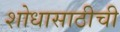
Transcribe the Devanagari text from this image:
शोधासाठीची